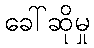
ခေါ်ဆိုမှု